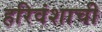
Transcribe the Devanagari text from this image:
हरिवंशाची